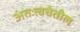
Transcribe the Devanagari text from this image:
अंतःत्वचेतील